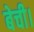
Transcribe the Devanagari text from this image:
बेची।